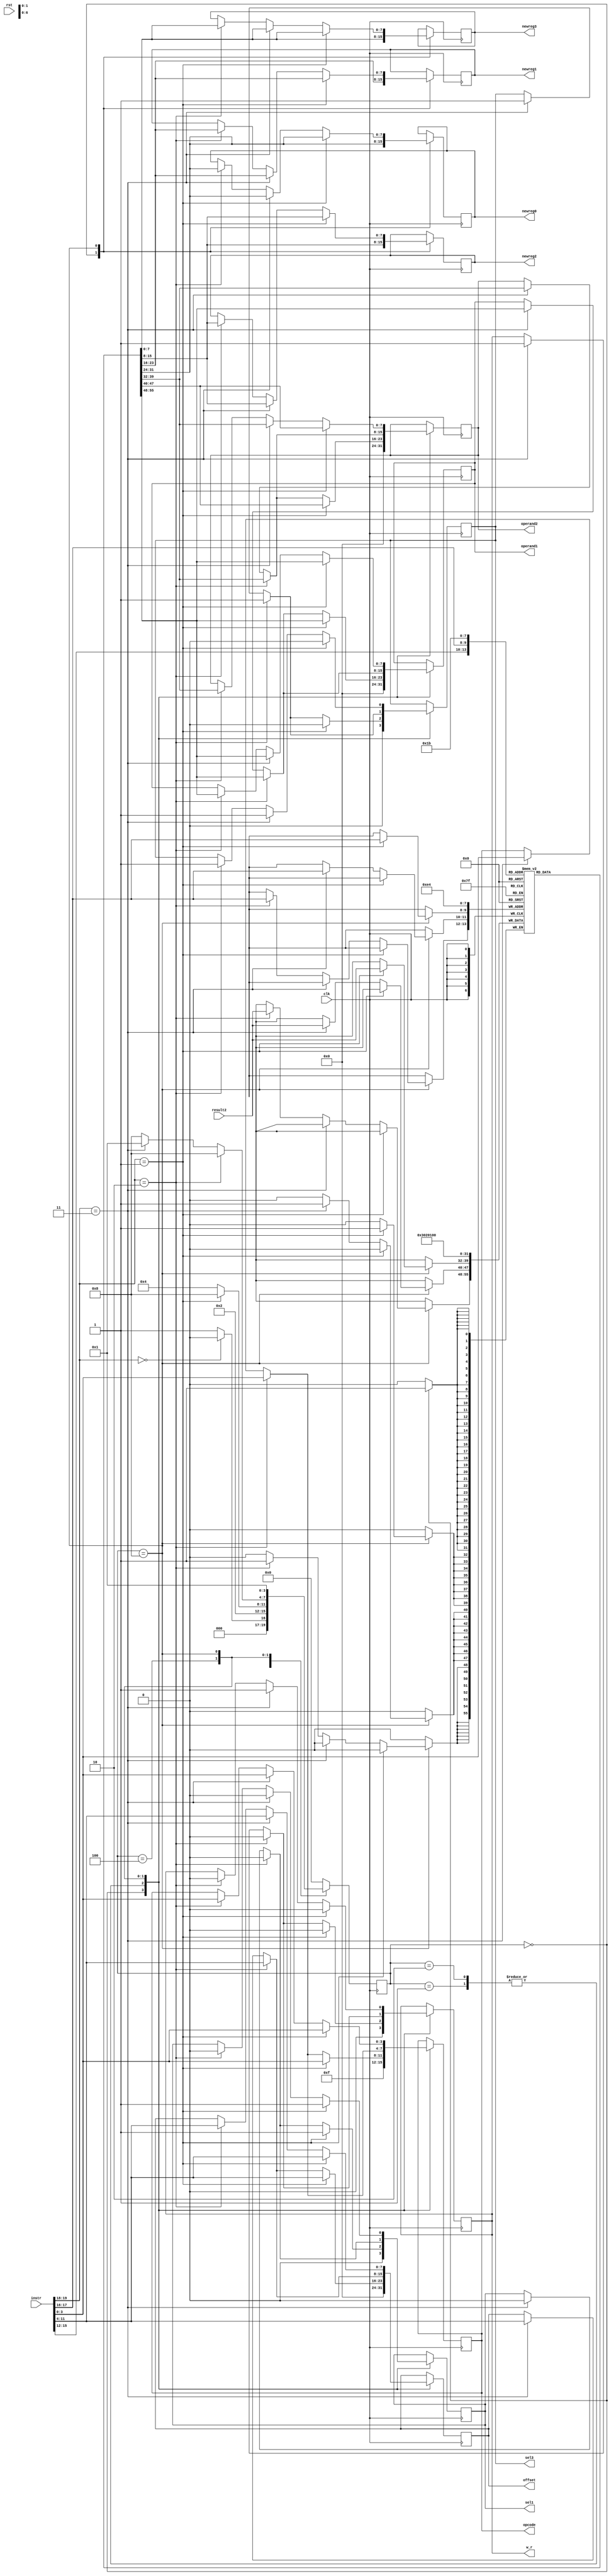
`timescale 1ns / 1ps

module CU (clk,rst, instr, result2, operand1, operand2, offset, opcode, sel1, sel3,w_r,newreg0,newreg1,newreg2,newreg3);
    //Defaults unless overwritten during instantiation
    parameter DATA_WIDTH = 8; //8 bit wide data
    parameter ADDR_BITS = 5; //32 Addresses
    parameter INSTR_WIDTH =20; 
    //INPUTS
    input clk,rst;

    input [INSTR_WIDTH-1:0]instr;
    input [DATA_WIDTH-1:0] result2;

    //OUTPUTS
    output reg [DATA_WIDTH-1:0] operand1;
    output reg [DATA_WIDTH-1:0] operand2;
    output reg [DATA_WIDTH-1:0] offset;
    output reg [3:0] opcode;
    output reg sel1, sel3, w_r;

    //REGISTER FILE: CU internal register file of 4 registers.  This is a over simplication of a real solution
    reg [DATA_WIDTH-1:0] regfile [0:3];
    reg [INSTR_WIDTH-1:0]instruction;
    output reg [DATA_WIDTH-1:0] newreg0,newreg1,newreg2,newreg3;
    //STATES
    parameter RESET = 4'b0000;
    parameter DECODE = 4'b0001;
    parameter EXECUTE = 4'b0010;
    parameter MEM_ACCESS = 4'b0100;
    parameter WRITE_BACK = 4'b1000;
        
    reg [3:0] state = RESET;
    
    
    always @(posedge clk) begin
        instruction = instr;
      
        case (state)
            RESET : begin //#0
                if (instruction[19:18] == 2'b00)  begin
                    state = RESET; 
                    end else begin
                    state = DECODE; //#1
                    end
                //-----------------------------
                //Write initial values to regfile
                regfile[0]<= 8'd0;
                regfile[1]<= 8'd1;
                regfile[2]<= 8'd2;
                regfile[3]<= 8'd3;
				
              newreg0 <=regfile[0];
              newreg1 <=regfile[1];
              newreg2 <=regfile[2];
              newreg3 <=regfile[3];
                //Set output reset defaults
                operand1 <= #(DATA_WIDTH)'d0;
                operand2 <= #(DATA_WIDTH)'d0;
                offset <= #(DATA_WIDTH)'d0;
                opcode <= 4'b1111;
                sel1 <= 0;
                sel3 <= 0;
                w_r <= 0;
                //-----------------------------
            end

            DECODE : begin //#1
                state = EXECUTE; //#2
                if (instruction[19:18] == 2'b1) begin //std_op
                    operand1 <= regfile[instruction[15:14]]; //X2
                    operand2 <= regfile[instruction[13:12]]; //X3
                    offset <= instruction[11:4];
                    opcode <= instruction[3:0];
                   sel1 <= 1;
                    sel3 <= 0;
                    w_r <= 0;
                end else if (instruction[19:18] == 2'b10) begin //loadR 
                    operand1 <= regfile[instruction[15:14]]; //X2
                    operand2 <= regfile[instruction[17:16]]; //z
                    offset <= instruction[11:4];
                    opcode <= instruction[3:0];
                    sel1 <= 0; //pass data_out
                    sel3 <= 1; //pass offset
                    w_r <= 0;
                end else if (instruction[19:18] == 2'b11) begin //storeR 
                   /******************************************** 
                   *
                   * FILL IN CORRECT CODE HERE
                   *
                   ********************************************/ 
				    operand1 <= regfile[instruction[15:14]]; //X2
                    operand2 <= regfile[instruction[17:16]]; //z
                    offset <= instruction[11:4];
                    opcode <= instruction[3:0];
                    sel1 <= 0; //pass data_out
                    sel3 <= 1; //pass offset
                    w_r <= 1;
                end
            end
            EXECUTE: begin //#2
                state = MEM_ACCESS; //#3
                if (instruction[19:18] == 2'b01) begin //std_op
                    state = WRITE_BACK;
                    operand1 <= regfile[instruction[15:14]]; //X2
                    operand2 <= regfile[instruction[13:12]]; //X3
                    offset <= instruction[11:4];
                    opcode <= instruction[3:0];
                    sel1 <= 1;
                    sel3 <= 0;
                    w_r <= 0;

                end else if (instruction[19:18] == 2'b10) begin //loadR  
                    operand1 <= regfile[instruction[15:14]]; //X2
                    operand2 <= regfile[instruction[17:16]]; //z
                    offset <= instruction[11:4];
                    opcode <= instruction[3:0];
                    sel1 <= 0; //pass data_out
                    sel3 <= 1; //pass offset
                    w_r <= 0;
                end else if (instruction[19:18] == 2'b11) begin //storeR
                   /******************************************** 
                   *
                   * FILL IN CORRECT CODE HERE
                   *
                   ********************************************/ 
                  	operand1 <= regfile[instruction[15:14]]; //X2
                    operand2 <= regfile[instruction[17:16]]; //z
                    offset <= instruction[11:4];
                    opcode <= instruction[3:0];
                    sel1 <= 0; //pass data_out
                    sel3 <= 1; //pass offset
                    w_r <= 1;
                end
            end
            MEM_ACCESS: begin //#3
                state = WRITE_BACK; //#4
                if (instruction[19:18] == 2'b10) begin //loadR             
                    operand1 <= regfile[instruction[15:14]]; //X2
                    operand2 <= regfile[instruction[17:16]]; //z
                    offset <= instruction[11:4];
                    opcode <= instruction[3:0];
                    sel1 <= 0; //pass data_out
                    sel3 <= 1; //pass offset
                    w_r <= 0;
                end else if (instruction[19:18] == 2'b11) begin //storeR 
                   /******************************************** 
                   *
                   * FILL IN CORRECT CODE HERE
                   * Take note of what the next state should be according to
                   * the FSM
                   *
                   ********************************************/ 
                  	
                  	state = DECODE;
                  	operand1 <= regfile[instruction[15:14]]; //X2
                    operand2 <= regfile[instruction[17:16]]; //z
                    offset <= instruction[11:4];
                    opcode <= instruction[3:0];
                    sel1 <= 0; //pass data_out
                    sel3 <= 1; //pass offset
                    w_r <= 1;
                end
            end
            WRITE_BACK: begin //#4
                state = DECODE; //#1
                if (instruction[19:18] == 2'b01) begin //std_op
                    regfile[instruction[17:16]] <= result2; //X1
				  newreg0 <=regfile[0];
            	  newreg1 <=regfile[1];
              	  newreg2 <=regfile[2];
                  newreg3 <=regfile[3];
                    operand1 <= regfile[instruction[15:14]]; //X2
                    operand2 <= regfile[instruction[13:12]]; //X3
                    offset <= instruction[11:4];
                    opcode <= instruction[3:0];
                    sel1 <= 1;
                    sel3 <= 0;
                    w_r <= 0;
                end else if (instruction[19:18] == 2'b11) begin //storeR 
                   /******************************************** 
                   *
                   * FILL IN CORRECT CODE HERE
                   *
                   ********************************************/ 
                  newreg0 <=regfile[0];
              newreg1 <=regfile[1];
              newreg2 <=regfile[2];
              newreg3 <=regfile[3];
                    regfile[instruction[17:16]] <= result2; //From data mem
                    operand1 <= regfile[instruction[15:14]]; //X2
                    operand2 <= regfile[instruction[17:16]]; //z
                    offset <= instruction[11:4];
                    opcode <= instruction[3:0];
                    sel1 <= 0; //pass data_out
                    sel3 <= 1; //pass offset
                    w_r <= 1;
                    
                end else if (instruction[19:18] == 2'b10) begin //loadR             
                  regfile[instruction[17:16]] <= result2;
                  newreg0 <=regfile[0];
                  newreg1 <=regfile[1];
                  newreg2 <=regfile[2];
                  newreg3 <=regfile[3];//From data mem
                    operand1 <= regfile[instruction[15:14]]; //X2
                    operand2 <= regfile[instruction[17:16]]; //z
                    offset <= instruction[11:4];
                    opcode <= instruction[3:0];
                    sel1 <= 0; //pass data_out
                    sel3 <= 1; //pass offset
                    w_r <= 0;
                end
            end

            default: // Fault Recovery
            state = RESET; //#0
        endcase
    end
endmodule